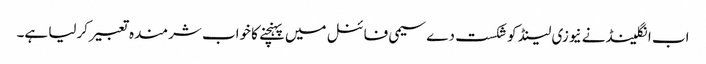
اب انگلینڈ نے نیوزی لینڈ کو شکست دے سیمی فائنل میں پہنچنے کا خواب شرمندہ تعبیرکرلیا ہے۔